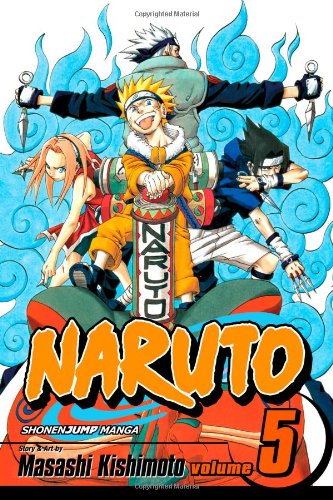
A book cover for Naruto, Vol. 5: The Challengers; Masashi Kishimoto; Children's Books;